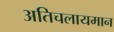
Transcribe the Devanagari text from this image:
अतिचलायमान